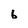
Character: 6